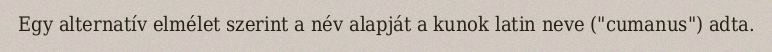
Egy alternatív elmélet szerint a név alapját a kunok latin neve ("cumanus") adta.